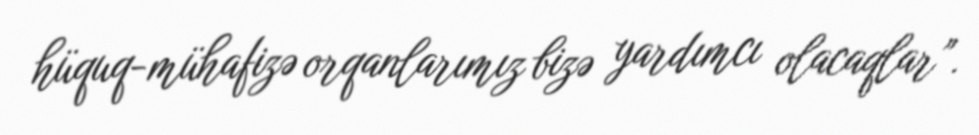
hüquq-mühafizə orqanlarımız bizə yardımcı olacaqlar”.